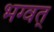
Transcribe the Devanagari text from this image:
भग्वत्